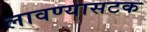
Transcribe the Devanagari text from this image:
लावण्यासटक